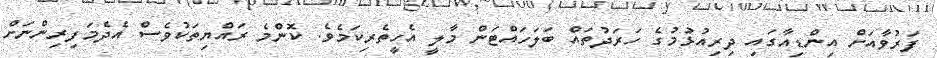
ފަރުވާއަށް އިންޑިއާގައި ދިރިއުޅުމުގެ ހަރަދުތައް ބަލަހައްޓަން މާލީ އެހީތެރިކަމެވެ. ކޮންމެ ރައްޔިތަކުވެސް އެދެމަފިރިންނަށް